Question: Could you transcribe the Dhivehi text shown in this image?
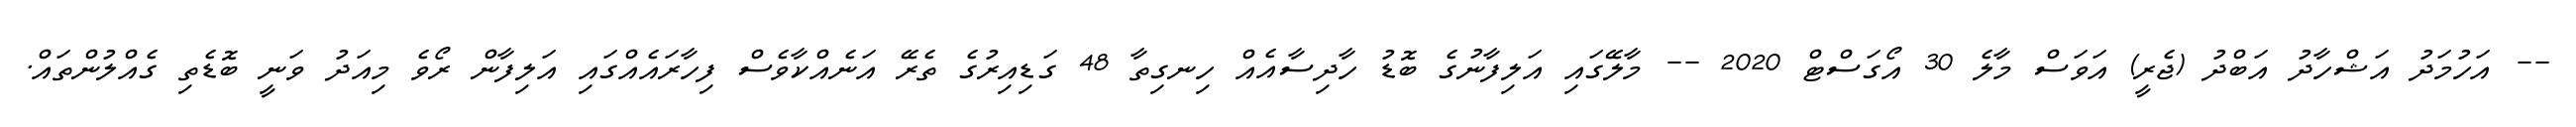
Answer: -- އަހުމަދު އަޝްހާދު އަބްދު (ޖެރީ) އަވަސް މާލެ 30 އޯގަސްޓް 2020 -- މާލޭގައި އަލިފާނުގެ ބޮޑު ހާދިސާއެއް ހިނގިތާ 48 ގަޑިއިރުގެ ތެރޭ އަނެއްކާވެސް ފިހާރައެއްގައި އަލިފާން ރޯވެ މިއަދު ވަނީ ބޮޑެތި ގެއްލުންތައް.